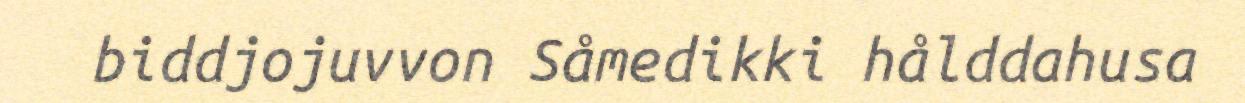
biddjojuvvon Såmedikki hålddahusa